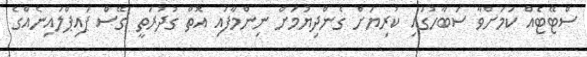
ސްޓޭޓެއް ކަމަށްވާ ސަބާހުގައި ކުރިޔަށް ގެންދިޔުމަށް ނިންމާފައި އޮތް ގުދުރަތީ ގޭސް ޕައިޕްލައިނެއްގެ